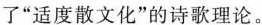
活度散文化”的诗歌理论。